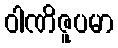
ဝါဏိဇူပမာ